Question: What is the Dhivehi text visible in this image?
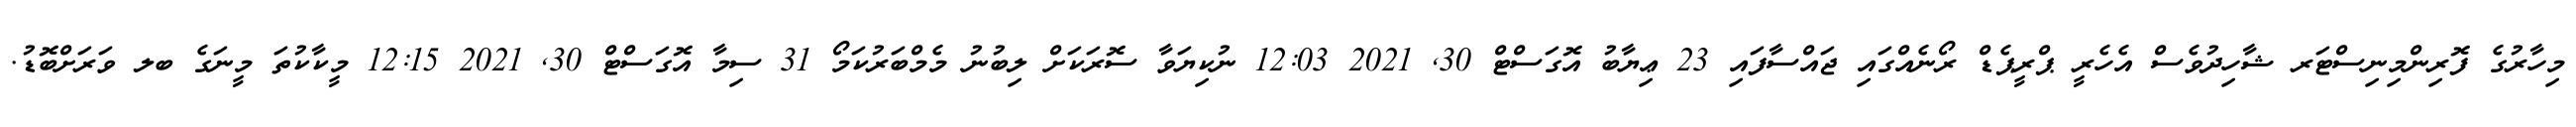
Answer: މިހާރުގެ ފޮރިންމިނިސްޓަރ ޝާހިދުވެސް އެހެރީ ޕްރީޕެޑް ރޯނެއްގައި ޖައްސާފައި 23 ޢިޔާބު އޮގަސްޓް 30, 2021 12:03 ނުކިޔަވާ ސޮރަކަށް ލިބުނު މެމްބަރުކަމޯ 31 ސިމާ އޮގަސްޓް 30, 2021 12:15 މީކާކުތަ މީނަގެ ބލ ވަރަށްބޮޑު.